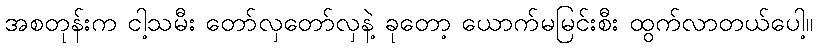
အစတုန်းက ငါ့သမီး တော်လှတော်လှနဲ့ ခုတော့ ယောက်မမြင်းစီး ထွက်လာတယ်ပေါ့။